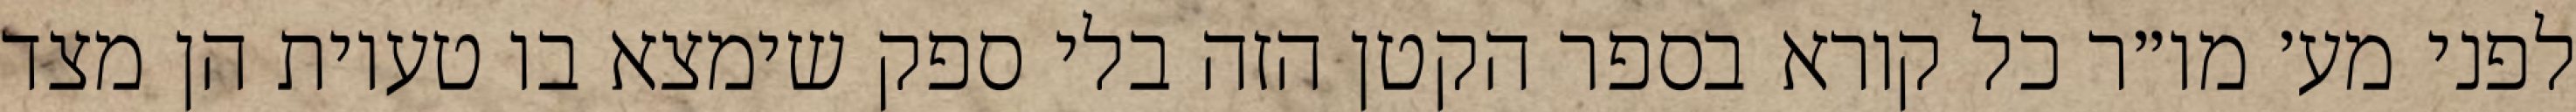
לפני מע׳ מו״ר כל קורא בספר הקטן הזה בלי ספק שימצא בו טעיות הן מצד